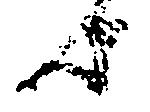
歟